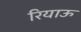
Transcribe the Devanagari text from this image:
रियाऊ